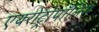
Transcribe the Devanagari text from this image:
एयरोट्रोपॉलिस